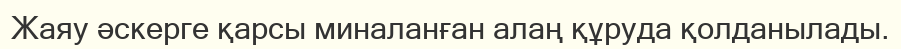
Жаяу әскерге қарсы миналанған алаң құруда қолданылады.